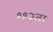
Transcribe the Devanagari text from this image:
११२वा